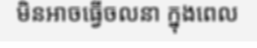
មិនអាចធ្វើចលនា ក្នុងពេល